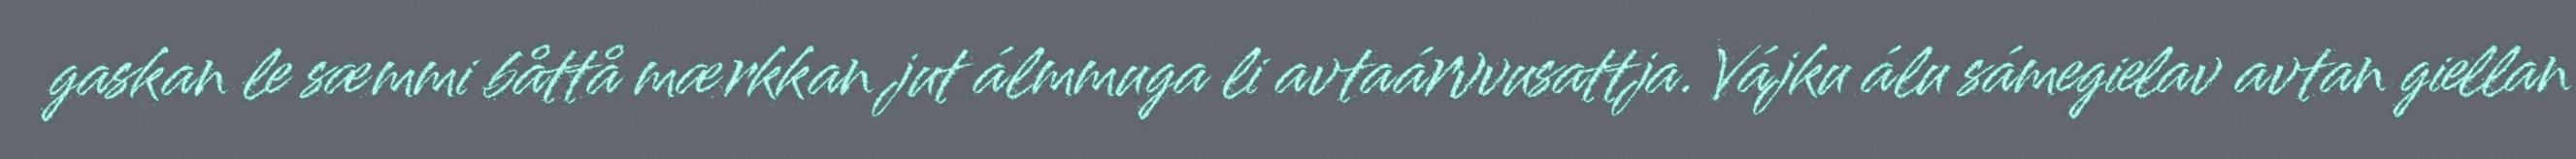
gaskan le sæmmi båttå mærkkan jut álmmuga li avtaárvvusattja. Vájku álu sámegielav avtan giellan